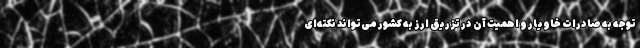
توجه به صادرات خاویار و اهمیت آن در تزریق ارز به کشور می‌تواند نکته‌ای